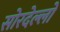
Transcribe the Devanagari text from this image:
सोरदेल्लो